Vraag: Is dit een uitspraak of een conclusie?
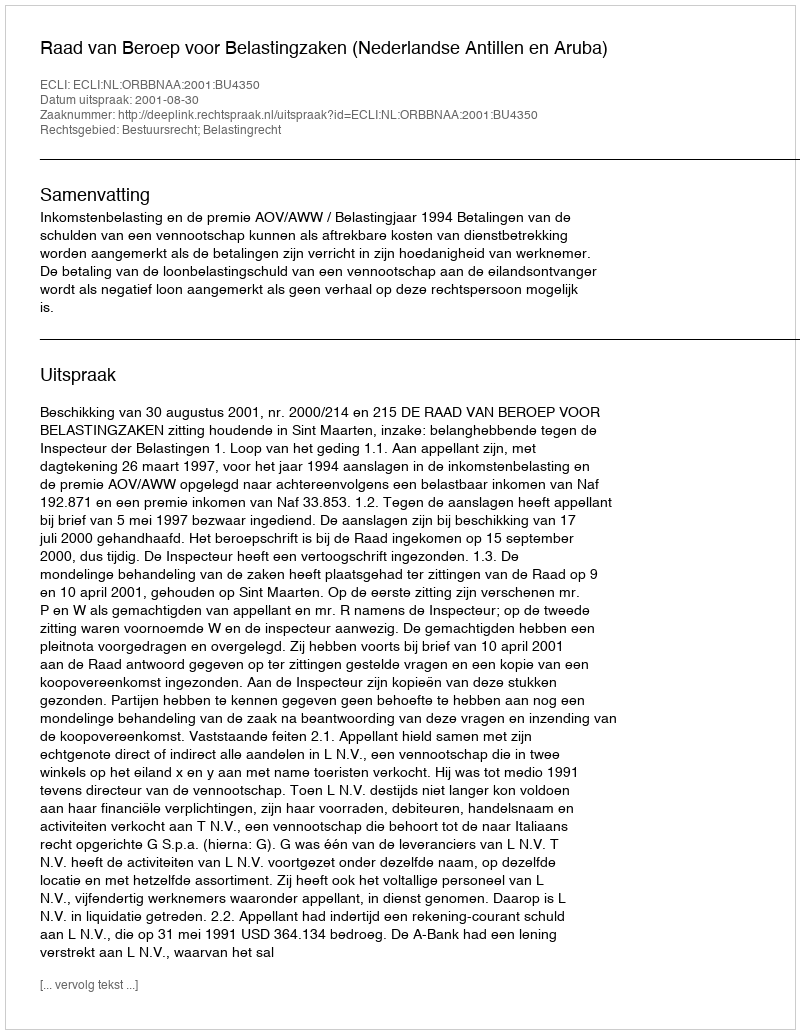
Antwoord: Uitspraak